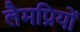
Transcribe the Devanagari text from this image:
लैमप्रियों